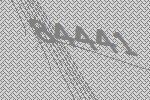
84441